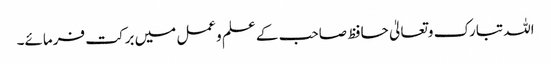
اللہ تبارک وتعالیٰ حافظ صاحب کے علم وعمل میں برکت فرمائے۔